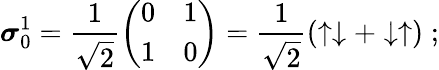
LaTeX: {\boldsymbol{\sigma}}_{0}^{1}={\frac{1}{\sqrt{2}}}{\left(\begin{array}{ll}{0}&{1}\\ {1}&{0}\end{array}\right)}={\frac{1}{\sqrt{2}}}(\uparrow\downarrow+\downarrow\uparrow)\; ;